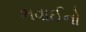
ભવાઈનો